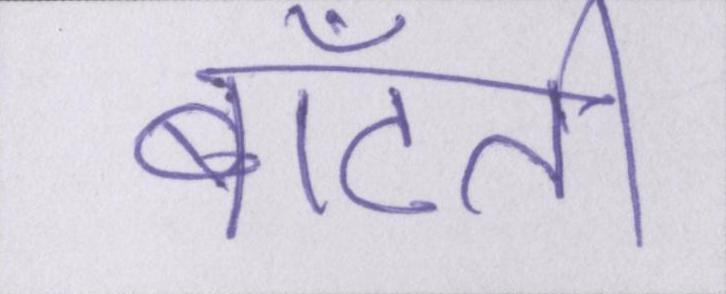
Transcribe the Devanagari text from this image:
बाँटती